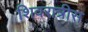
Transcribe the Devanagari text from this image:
शिवरात्रीस